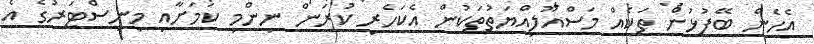
އެހެން ބޭފުޅުން ތަކެއް މަސްއޫލިއްޔަތުތަކުން އެކަހެރި ކުރަން ނިންމި ކަމަށާއި މިނިސްޓަރުގެ އެ